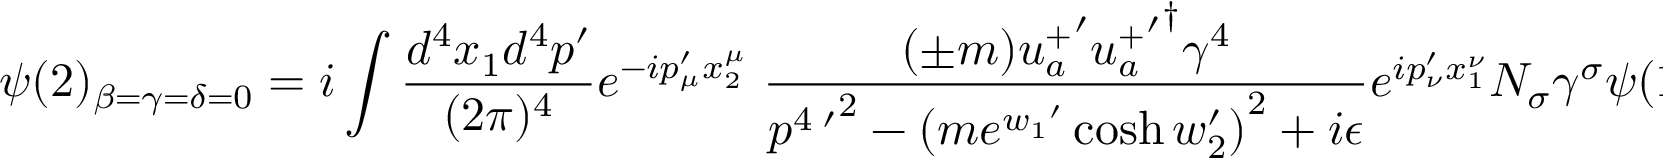
\psi ( 2 ) _ { \beta = \gamma = \delta = 0 } = i \int \frac { d ^ { 4 } x _ { 1 } d ^ { 4 } p ^ { \prime } } { ( 2 \pi ) ^ { 4 } } e ^ { - i p _ { \mu } ^ { \prime } x _ { 2 } ^ { \mu } } \; \frac { ( \pm m ) { u _ { a } ^ { + } } ^ { \prime } { { u _ { a } ^ { + } } ^ { \prime } } ^ { \dagger } \gamma ^ { 4 } } { { p ^ { 4 \; \prime } } ^ { 2 } - { ( m e ^ { { w _ { 1 } } ^ { \prime } } \cosh w _ { 2 } ^ { \prime } ) } ^ { 2 } + i \epsilon } e ^ { i p _ { \nu } ^ { \prime } x _ { 1 } ^ { \nu } } N _ { \sigma } \gamma ^ { \sigma } \psi ( 1 ) ,